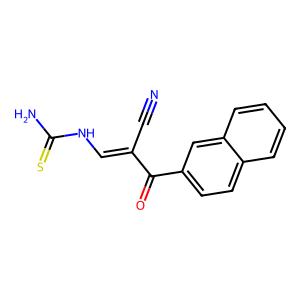
SMILES: N#CC(=CNC(N)=S)C(=O)c1ccc2ccccc2c1
Inhibits HIV replication: No